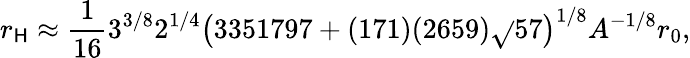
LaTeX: r_{\mathsf{H}}\approx\frac{{1}}{{16}}3^{3/8}2^{1/4}\left(3351797+(171)(2659)\sqrt{}{{57}}\right)^{1/8}A^{-1/8}r_{0},